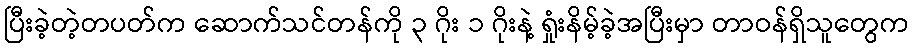
ပြီးခဲ့တဲ့တပတ်က ဆောက်သင်တန်ကို ၃ ဂိုး ၁ ဂိုးနဲ့ ရှုံးနိမ့်ခဲ့အပြီးမှာ တာဝန်ရှိသူတွေက